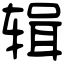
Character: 辑